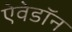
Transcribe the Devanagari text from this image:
ऐवेडॉन